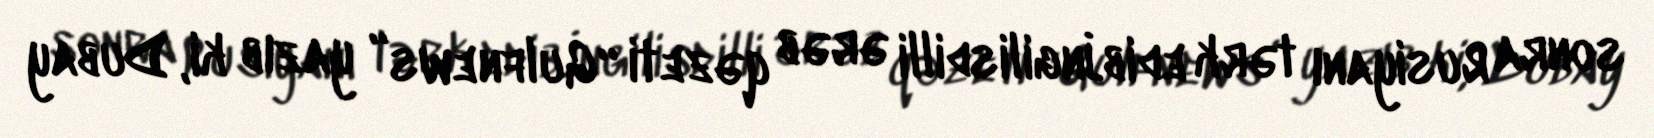
sonra Rusiyanı tərk edib.İngilisdilli ərəb qəzeti “Gulfnews” yazıb ki, Dubay